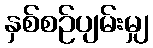
နှစ်စဉ်ပျမ်းမျှ